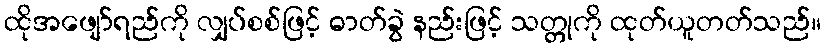
ထိုအဖျော်ရည်ကို လျှပ်စစ်ဖြင့် ဓာတ်ခွဲ နည်းဖြင့် သတ္တုကို ထုတ်ယူတတ်သည်။